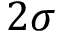
2 \sigma